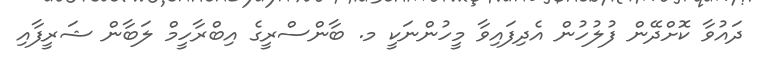
ދައުވާ ކޮށްދޭން ފުލުހުން އެދިފައިވާ މީހުންނަކީ މ. ބާންސްރީގެ އިބްރާހީމް ލަބާން ޝަރީފާއި